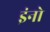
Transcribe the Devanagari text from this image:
इंनो